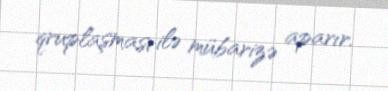
qruplaşması ilə mübarizə aparır.